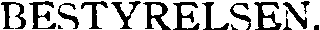
BESTYRELSEN.